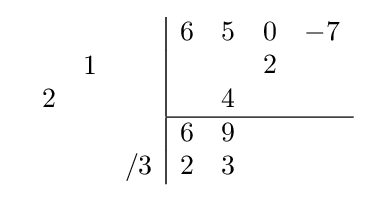
{\begin{array}{cc}{\begin{array}{rrr}\\&1&\\2&&\\\\&&/3\\\end{array}}{\begin{array}{|rrrr}6&5&0&-7\\&&2&\\&4&&\\\hline 6&9&&\\2&3&&\\\end{array}}\end{array}}